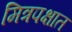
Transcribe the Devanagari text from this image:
मित्रपक्षात